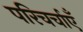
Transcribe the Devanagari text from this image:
परिचर्चाएँ